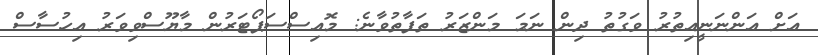
އަށް އަންނަނީއިތުރު ވަގުތު ދިން ނަމަ މަންޒަރު ތަފާތުވާނެ: މޮއިސްސަޕޯޓަރުން މާޔޫސްވިވަރު އިހުސާސް